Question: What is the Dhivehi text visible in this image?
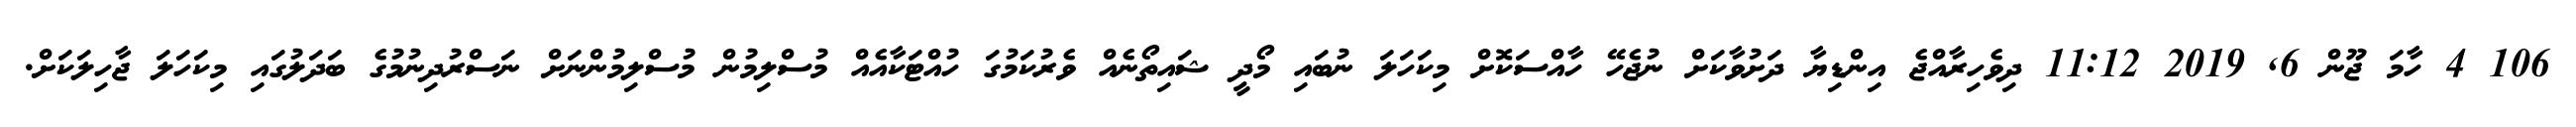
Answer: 106 4 ހާމަ ޖޫން 6, 2019 11:12 ދިވެހިރާއްޖެ އިންޑިޔާ ދަށުވާކަށް ނުޖެހޭ ހާއްސަކޮށް މިކަހަލަ ނުބައި މޯދީ ޝައިތޯނެއް ވެރުކަމުގަ ހުއްޓަކާއެއް މުސްލިމުން މުސްލިމުންނަށް ނަސްރުދިނުމުގެ ބަދަލުގައި މިކަހަލަ ޖާހިލަކަށް.